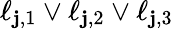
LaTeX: \ell_{\mathbf{j},1}\vee\ell_{\mathbf{j},2}\vee\ell_{\mathbf{j},3}